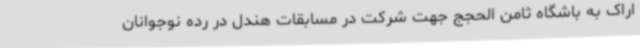
اراک به باشگاه ثامن الحجج جهت شرکت در مسابقات هندل در رده نوجوانان